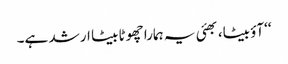
‘‘آؤ بیٹا، بھئی یہ ہمارا چھوٹا بیٹا ارشد ہے۔